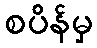
စပိန်မှ